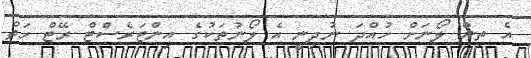
އެ ތިން ލޯނަށް ހުއްދަ ނުދިނީ އެ ލޯނުތަކުގެ އިންޓަރެސްޓް ރޭޓް ހަތް